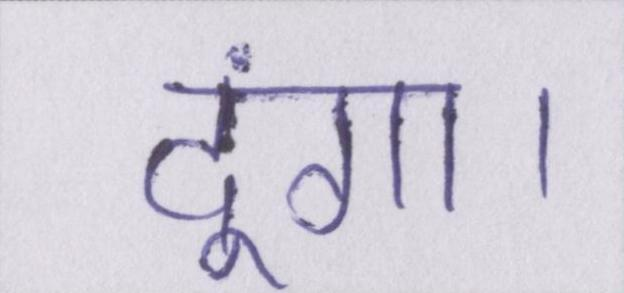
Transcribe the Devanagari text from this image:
दूंगा।